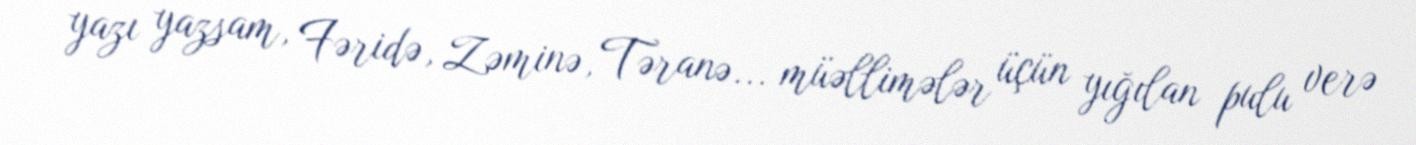
yazı yazsam, Fəridə, Zəminə, Təranə... müəllimələr üçün yığılan pulu verə